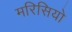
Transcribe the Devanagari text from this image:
मरिसियो